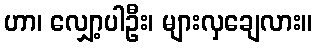
ဟာ၊ လျှော့ပါဦး၊ များလှချေလား။